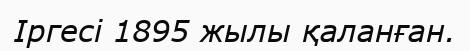
Іргесі 1895 жылы қаланған.